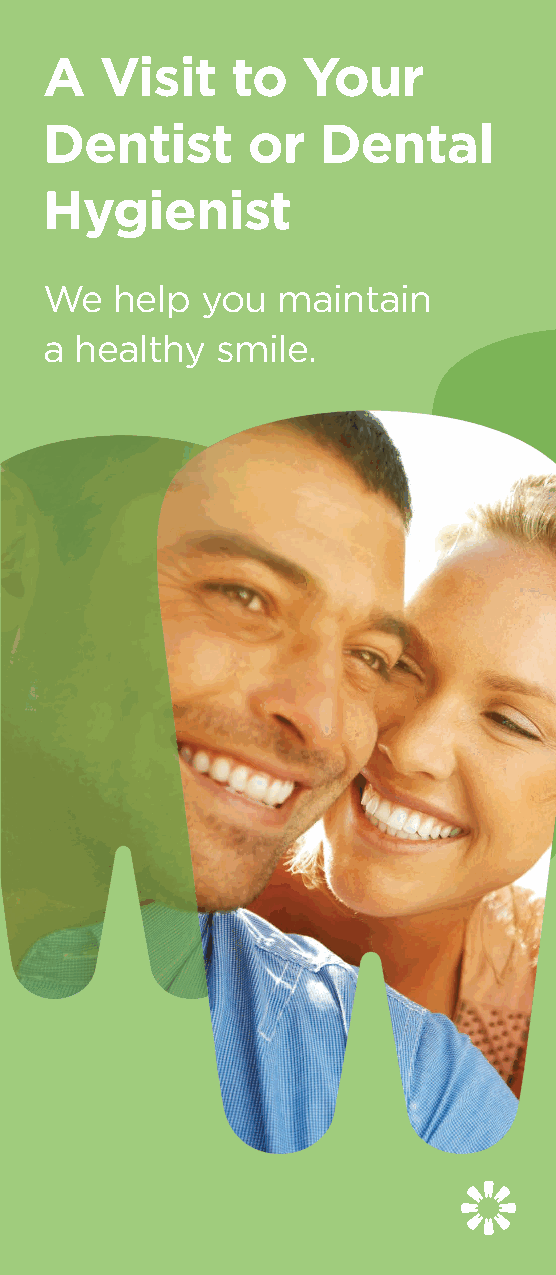
Practicing    Good    Oral          Stages of                           A   Visit    to  Your
 Gum  Disease
 Hygiene     at Home
 Dentist       or   Dental
 Be sure to follow this four-step                                        Hygienist
 routine when you’re in between
 No gum disease
 dental visits to keep plaque and
 Healthy gums and
 harmful bacteria from building up in                bone shown.         We   help  you  maintain
 your mouth:
 a healthy   smile.
 1. Brush your teeth and use an
 antiseptic mouthwash twice daily.
 2. Floss your teeth every day.
 Infection sets in
 Tartar (calculus) and bacteria
 3. Eat a balanced diet.                            lead to infection, de stroying
 gums, ligaments and bone.
 4. See your dentist for routine
 dental checkups.
 Remember, maintaining good oral
 health is a key factor in maintaining
 Danger of losing teeth
 good overall health.
 As more bone is destroyed,
 the tooth is in danger of
 falling out.
 © Copyright 2013 by PDS.
 rev 030314